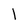
Character: l